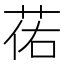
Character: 𫈈